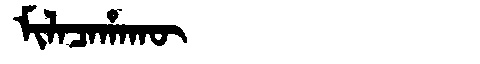
Manchu: ᠮᡳᠯᠠᠴᠠᡥᠠᡴᡡ
Romanization: MILACAHAKŪ